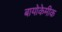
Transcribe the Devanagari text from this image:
बायोकेमीक